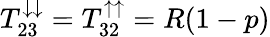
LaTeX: T_{23}^{\downarrow\downarrow}=T_{32}^{\uparrow\uparrow}=R(1-p)